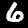
Label: 6